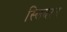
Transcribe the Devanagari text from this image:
स्लिदरन